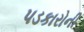
પડકારોની